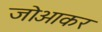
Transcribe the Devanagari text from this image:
जोआकर